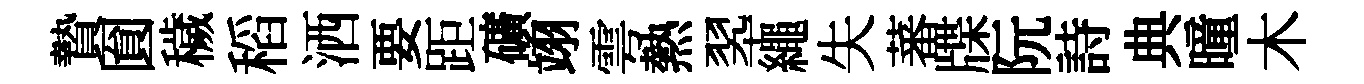
贄圎穢稻洒要距礦翊雩熱翆繩失蕃牒阮詩典曈木